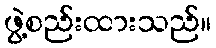
ဖွဲ့စည်းထားသည်။